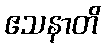
ဧသနာတိ